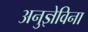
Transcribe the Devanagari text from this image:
अनुज्ञेविना